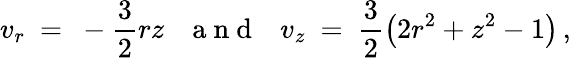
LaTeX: v_{r}\ =\ -\frac 32rz{~~~\mathrm{~a~n~d~}~~~}v_{z}\ =\ \frac 32\big(2r^{2}+z^{2}-1\big)\, ,